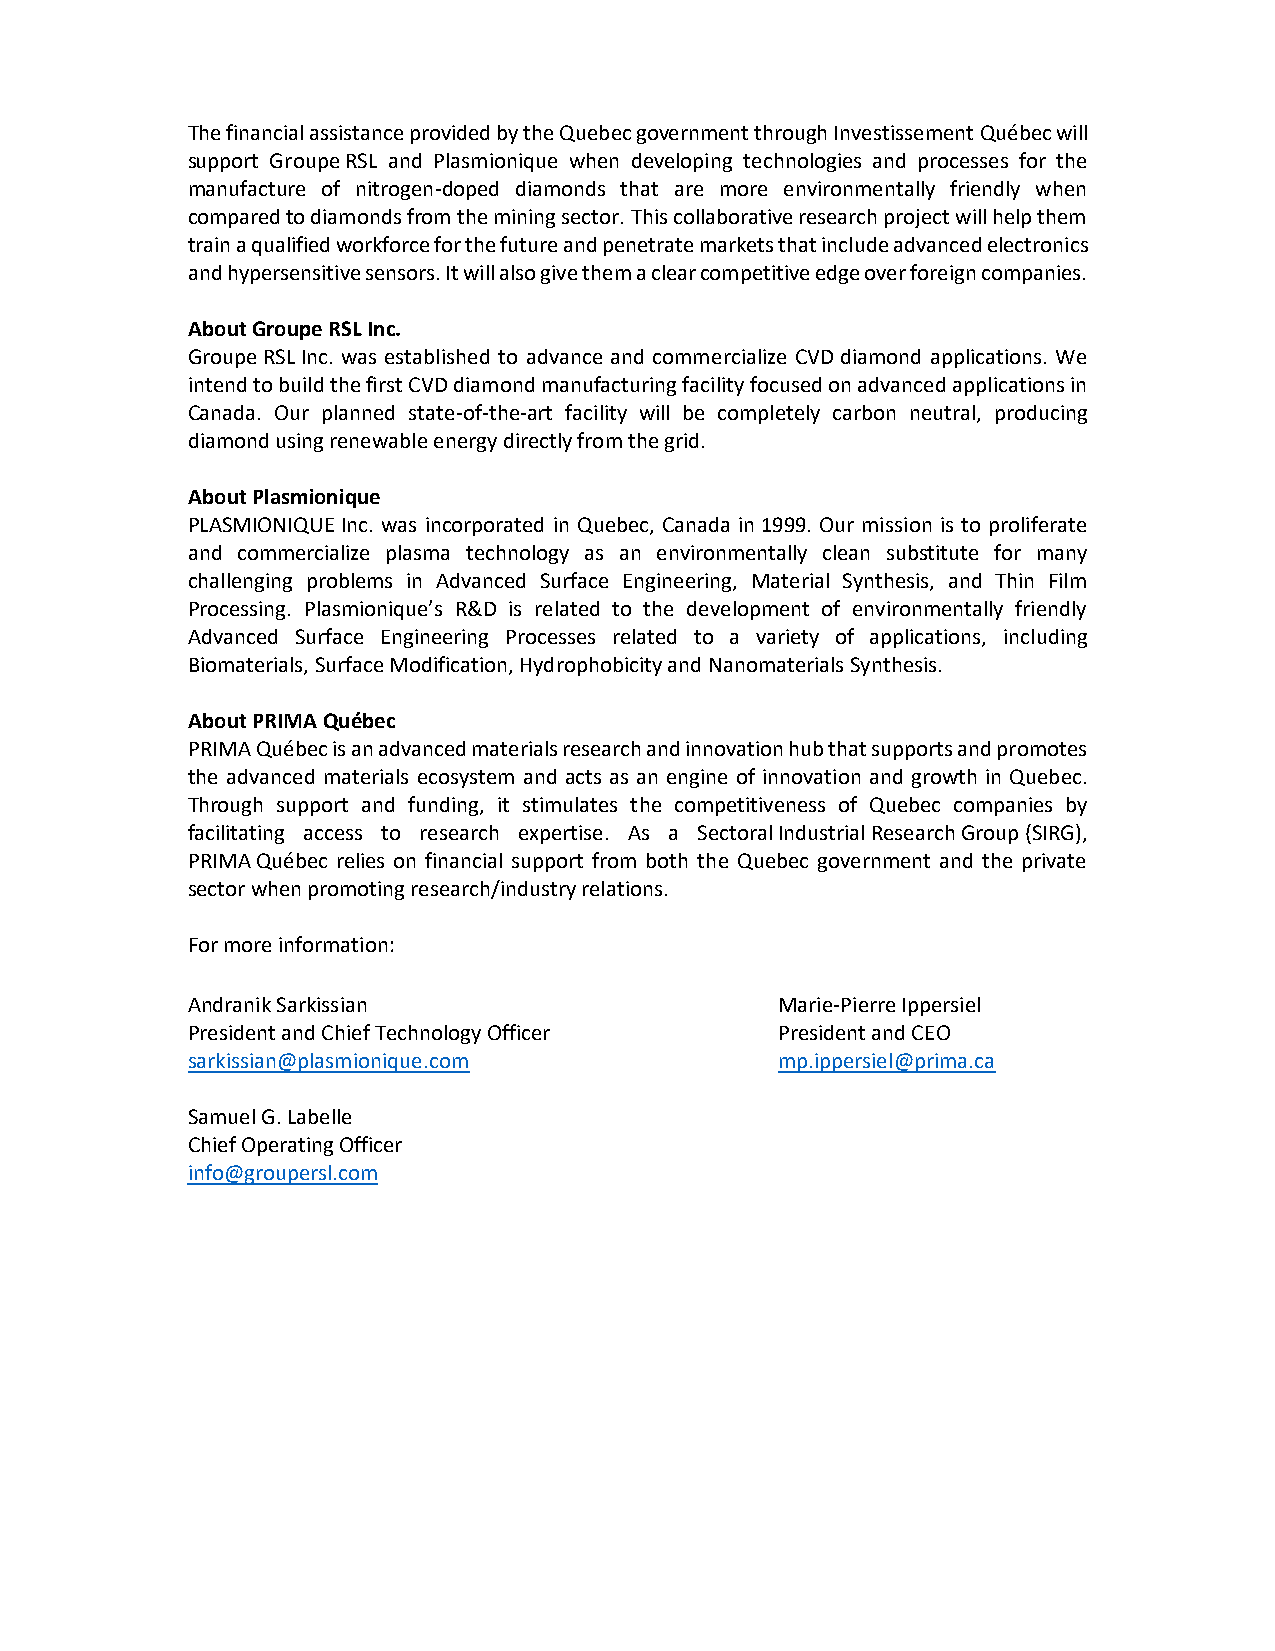
The financial assistance provided by the Quebec government through Investissement Québec will
 support Groupe RSL and Plasmionique when developing technologies and processes for the
 manufacture of nitrogen-doped diamonds that are more environmentally friendly when
 compared to diamonds from the mining sector. This collaborative research project will help them
 train a qualified workforce for the future and penetrate markets that include advanced electronics
 and hypersensitive sensors. It will also give them a clear competitive edge over foreign companies.
 About Groupe RSL Inc.
 Groupe RSL Inc. was established to advance and commercialize CVD diamond applications. We
 intend to build the first CVD diamond manufacturing facility focused on advanced applications in
 Canada. Our planned state-of-the-art facility will be completely carbon neutral, producing
 diamond using renewable energy directly from the grid.
 About Plasmionique
 PLASMIONIQUE Inc. was incorporated in Quebec, Canada in 1999. Our mission is to proliferate
 and commercialize plasma technology as an environmentally clean substitute for many
 challenging problems in Advanced Surface Engineering, Material Synthesis, and Thin Film
 Processing. Plasmionique’s R&D is related to the development of environmentally friendly
 Advanced Surface Engineering Processes related to a variety of applications, including
 Biomaterials, Surface Modification, Hydrophobicity and Nanomaterials Synthesis.
 About PRIMA Québec
 PRIMA Québec is an advanced materials research and innovation hub that supports and promotes
 the advanced materials ecosystem and acts as an engine of innovation and growth in Quebec.
 Through support and funding, it stimulates the competitiveness of Quebec companies by
 facilitating access to research expertise. As a Sectoral Industrial Research Group (SIRG),
 PRIMA Québec relies on financial support from both the Quebec government and the private
 sector when promoting research/industry relations.
 For more information:
 Andranik Sarkissian                     Marie-Pierre Ippersiel
 President and Chief Technology Officer  President and CEO
 sarkissian@plasmionique.com             mp.ippersiel@prima.ca
 Samuel G. Labelle
 Chief Operating Officer
 info@groupersl.com